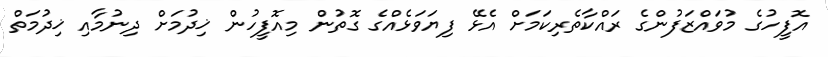
އޮފީހުގެ މުވައްޒަފުންގެ ރައްކާތެރިކަމަށް އެޅޭ ފިޔަވަޅެއްގެ ގޮތުން މިއޮފީހުން ޚިދުމަށް ދިނުމާއި ޚިދުމަތް